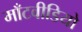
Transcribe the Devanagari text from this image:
माँटवीडियो